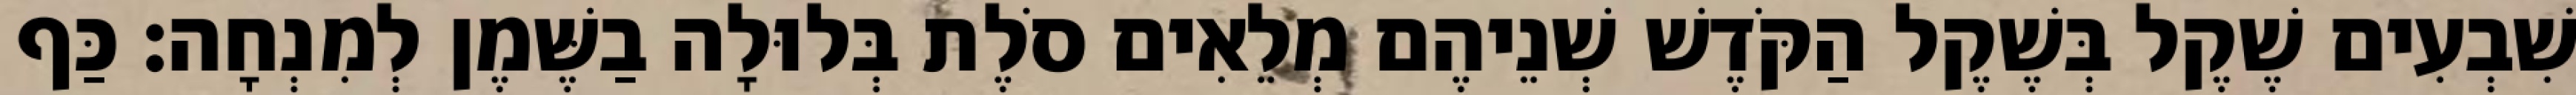
שִׁבְעִים שֶׁקֶל בְּשֶׁקֶל הַקֹּדֶשׁ שְׁנֵיהֶם מְלֵאִים סֹלֶת בְּלוּלָה בַשֶּׁמֶן לְמִנְחָה׃ כַּף